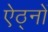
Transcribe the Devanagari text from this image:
ऐठ्नों